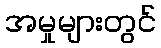
အမှုများတွင်